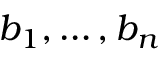
b _ { 1 } , \ldots , b _ { n }